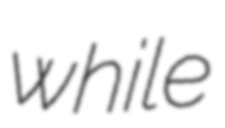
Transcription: while